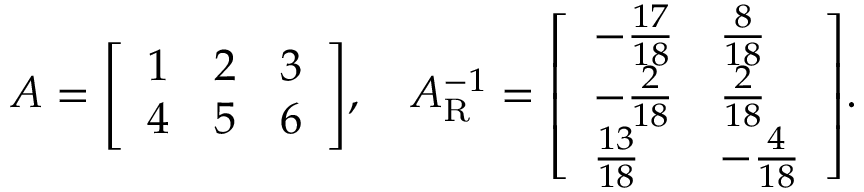
A = { \left[ \begin{array} { l l l } { 1 } & { 2 } & { 3 } \\ { 4 } & { 5 } & { 6 } \end{array} \right] } , \quad A _ { \mathrm { R } } ^ { - 1 } = { \left[ \begin{array} { l l } { - { \frac { 1 7 } { 1 8 } } } & { { \frac { 8 } { 1 8 } } } \\ { - { \frac { 2 } { 1 8 } } } & { { \frac { 2 } { 1 8 } } } \\ { { \frac { 1 3 } { 1 8 } } } & { - { \frac { 4 } { 1 8 } } } \end{array} \right] } .